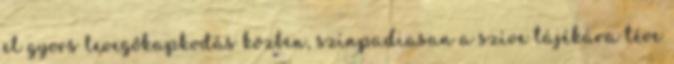
el gyors levegőkapkodás közben, színpadiasan a szíve tájékára téve